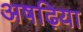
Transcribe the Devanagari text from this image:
अषढ़िया